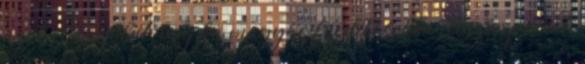
azok is angolul, majd a magyar fordításokba először privát,